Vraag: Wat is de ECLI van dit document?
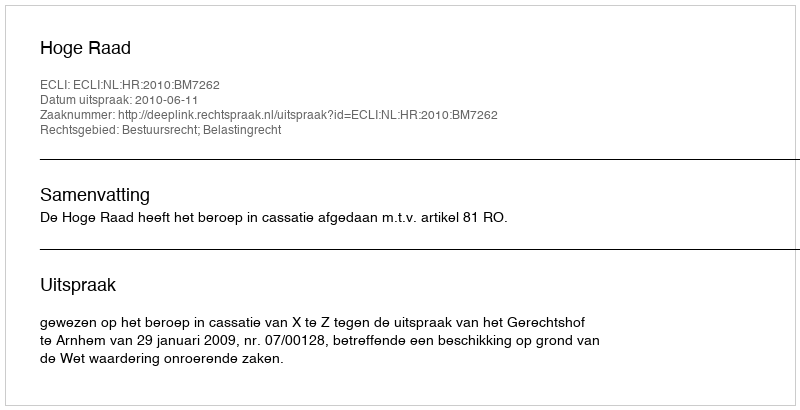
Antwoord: ECLI:NL:HR:2010:BM7262